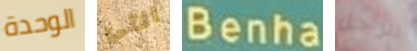
الوحدة التي Benha الرجل